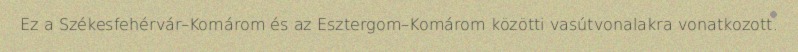
Ez a Székesfehérvár–Komárom és az Esztergom–Komárom közötti vasútvonalakra vonatkozott.